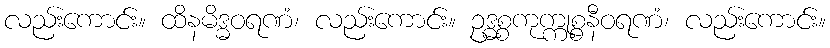
လည်းကောင်း။ ထိနမိဒ္ဓဝရဏံ၊ လည်းကောင်း။ ဥဒ္ဓစ္စကုက္ကုစ္စနီဝရဏံ၊ လည်းကောင်း။